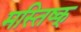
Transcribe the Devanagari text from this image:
मस्तिष्क्